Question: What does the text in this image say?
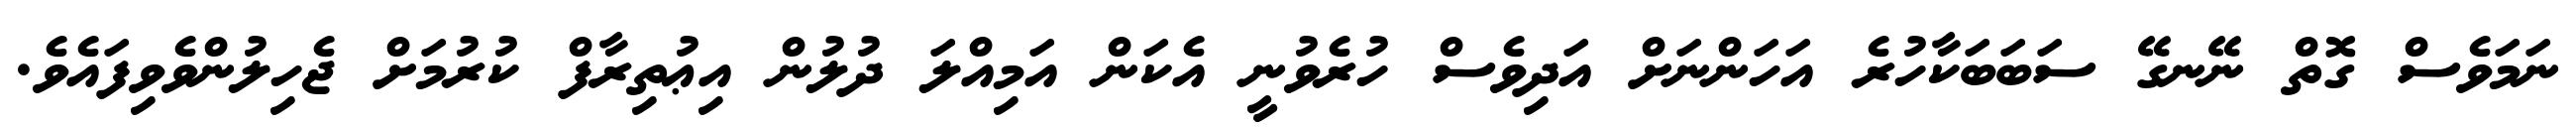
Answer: ނަމަވެސް ގޮތް ނޭނގޭ ސަބަބަކާހުރެ އަހަންނަށް އަދިވެސް ހުރެވުނީ އެކަން އަމިއްލަ ދުލުން އިޢުތިރާފް ކުރުމަށް ޖެހިލުންވެވިފައެވެ.